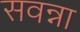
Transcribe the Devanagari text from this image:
सवन्ना